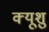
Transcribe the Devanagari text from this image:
क्यूशु